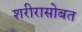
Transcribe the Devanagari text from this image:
शरीरासोबत